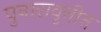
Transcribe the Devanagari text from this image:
पुनारावृत्तीत